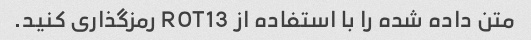
متن داده شده را با استفاده از ROT13 رمزگذاری کنید.